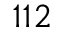
1 1 2